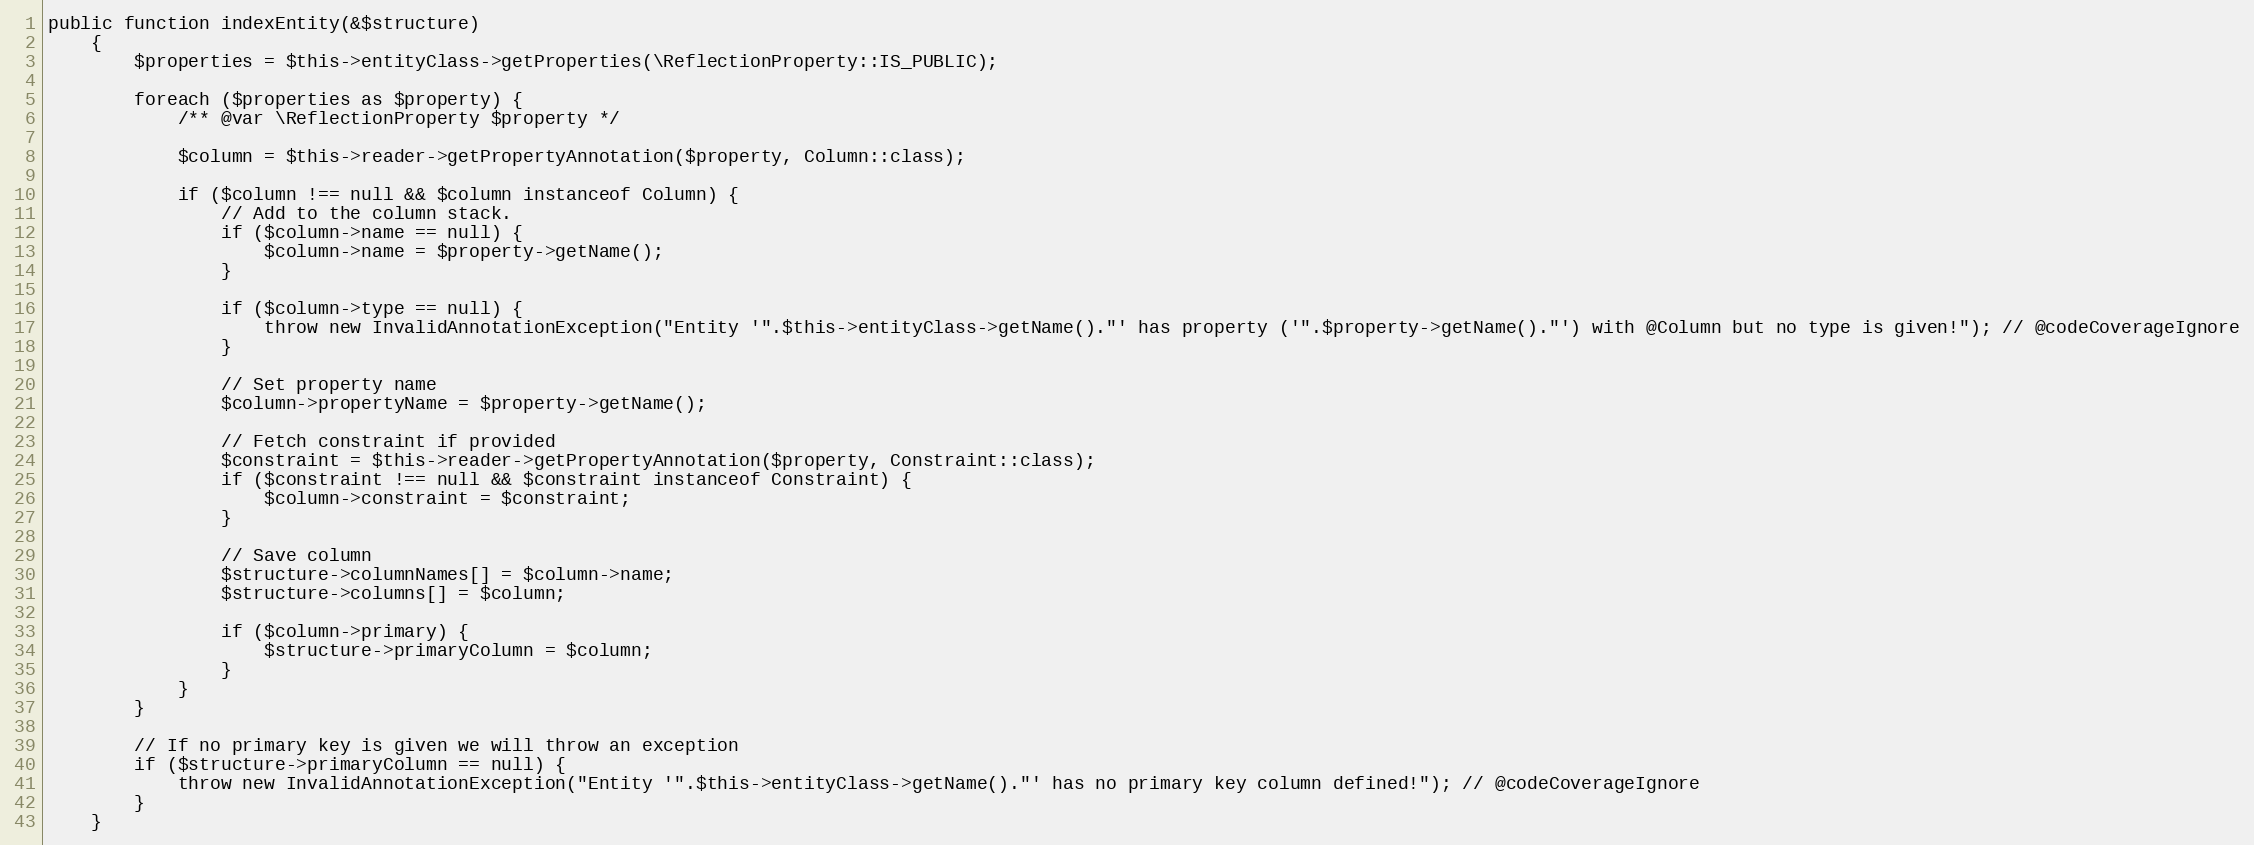
Language: PHP
public function indexEntity(&$structure)
    {
        $properties = $this->entityClass->getProperties(\ReflectionProperty::IS_PUBLIC);

        foreach ($properties as $property) {
            /** @var \ReflectionProperty $property */

            $column = $this->reader->getPropertyAnnotation($property, Column::class);

            if ($column !== null && $column instanceof Column) {
                // Add to the column stack.
                if ($column->name == null) {
                    $column->name = $property->getName();
                }

                if ($column->type == null) {
                    throw new InvalidAnnotationException("Entity '".$this->entityClass->getName()."' has property ('".$property->getName()."') with @Column but no type is given!"); // @codeCoverageIgnore
                }

                // Set property name
                $column->propertyName = $property->getName();

                // Fetch constraint if provided
                $constraint = $this->reader->getPropertyAnnotation($property, Constraint::class);
                if ($constraint !== null && $constraint instanceof Constraint) {
                    $column->constraint = $constraint;
                }

                // Save column
                $structure->columnNames[] = $column->name;
                $structure->columns[] = $column;

                if ($column->primary) {
                    $structure->primaryColumn = $column;
                }
            }
        }

        // If no primary key is given we will throw an exception
        if ($structure->primaryColumn == null) {
            throw new InvalidAnnotationException("Entity '".$this->entityClass->getName()."' has no primary key column defined!"); // @codeCoverageIgnore
        }
    }